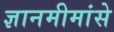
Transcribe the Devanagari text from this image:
ज्ञानमीमांसे